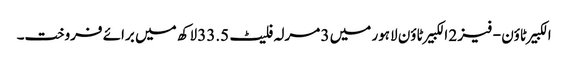
الکبیر ٹاؤن - فیز 2 الکبیر ٹاؤن لاہور میں 3 مرلہ فلیٹ 33.5 لاکھ میں برائے فروخت۔